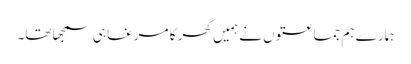
ہمارے ہم جماعتوں نے ہمیں گھر کا مرغا ہی سمجھا تھا۔